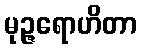
မုဉ္ဇရောဟိတာ